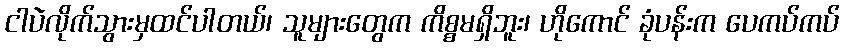
ငါပဲလိုက်သွားမှထင်ပါတယ်၊ သူများတွေက ကိစ္စမရှိဘူး၊ ဟိုကောင် ခုံပန်းက ပေကပ်ကပ်